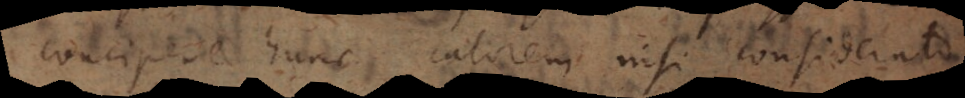
concipere hunc calorem nisi considerato